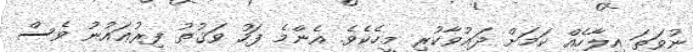
ނުވަތަ އިލާހެއް ކަމަށް ދަޢުވާކުރި މީހެކެވެ. އެންމެ ފަހު ވަޤުތު ފިރުޢައުނު ވެސް